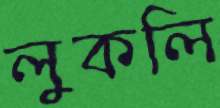
লুকলি